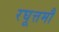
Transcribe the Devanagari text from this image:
रघूत्तमौ